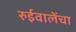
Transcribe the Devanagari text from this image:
रुईवालेंचा